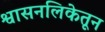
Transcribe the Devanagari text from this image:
श्वासनलिकेतून